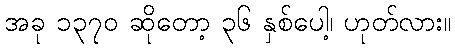
အခု ၁၃၇၀ ဆိုတော့ ၃၆ နှစ်ပေါ့၊ ဟုတ်လား။